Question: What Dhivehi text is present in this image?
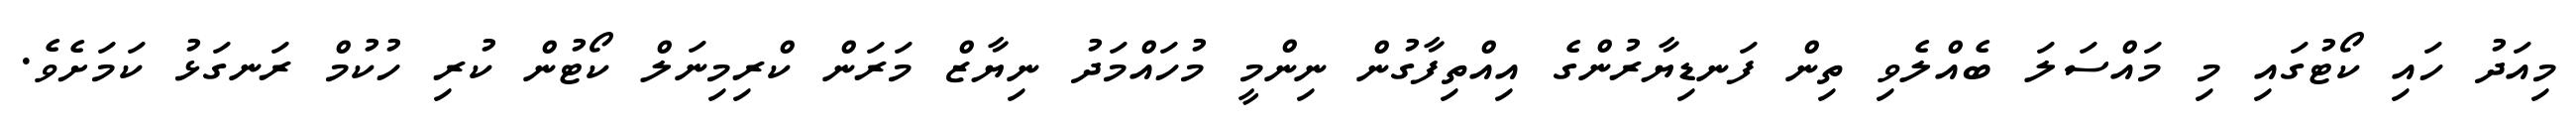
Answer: މިއަދު ހައި ކޯޓުގައި މި މައްސަލަ ބެއްލެވި ތިން ފަނޑިޔާރުންގެ އިއްތިފާގުން ނިންމީ މުހައްމަދު ނިޔާޒް މަރަން ކްރިމިނަލް ކޯޓުން ކުރި ހުކުމް ރަނގަޅު ކަމަށެވެ.